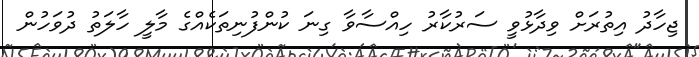
ޖިހާދު އިތުރަށް ވިދާޅުވީ ސަރުކާރު ހިއްސާވާ ގިނަ ކުންފުނިތަކެއްގެ މާލީ ހާލަތު ދުވަހުން